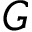
G